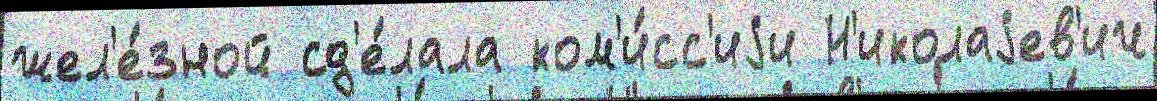
жел'е́зной сд'е́лала ком'и́сс'иjи Н'иколаjев'ич